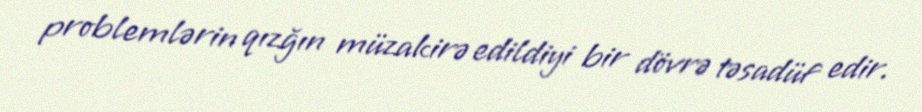
problemlərin qızğın müzakirə edildiyi bir dövrə təsadüf edir.